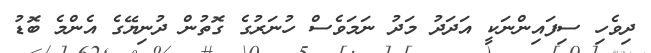
ދިވެހި ސިފައިންނަކީ އަދަދު މަދު ނަމަވެސް ހުނަރުގެ ގޮތުން ދުނިޔޭގެ އެންމެ ބޮޑު